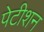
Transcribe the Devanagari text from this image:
पेटीशन